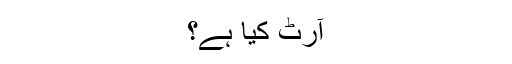
آرٹ کیا ہے؟